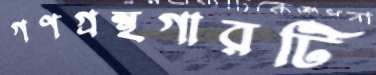
গণগ্রন্থগারটি